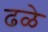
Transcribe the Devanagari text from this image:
ढळे